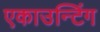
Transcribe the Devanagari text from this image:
एकाउन्टिंग